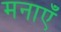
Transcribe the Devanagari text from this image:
मनाएँ